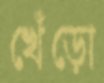
খেঁড়ো